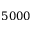
5 0 0 0